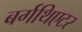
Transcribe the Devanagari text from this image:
बर्गथिएटर